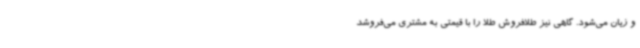
و زیان می‌شود. گاهی نیز طلافروش طلا را با قیمتی به مشتری می‌فروشد